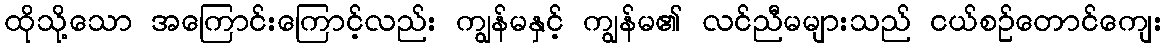
ထိုသို့သော အကြောင်းကြောင့်လည်း ကျွန်မနှင့် ကျွန်မ၏ လင်ညီမများသည် ငယ်စဉ်တောင်ကျေး